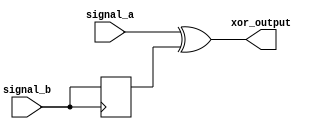
module Timing_Control_Block (
    input signal_a,
    input signal_b,
    output xor_output
);

reg signal_b_delayed;
assign xor_output = signal_a ^ signal_b_delayed;

always @ (posedge signal_b)
    signal_b_delayed <= signal_b;

endmodule